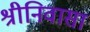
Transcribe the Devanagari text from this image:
श्रीनिवासा